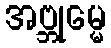
အဗ္ဘုမ္မေ